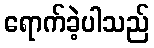
ရောက်ခဲ့ပါသည်